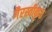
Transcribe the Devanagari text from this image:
गैरस्वीकृत